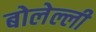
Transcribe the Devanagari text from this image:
बोलेल्ली